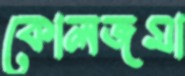
কোলজমা